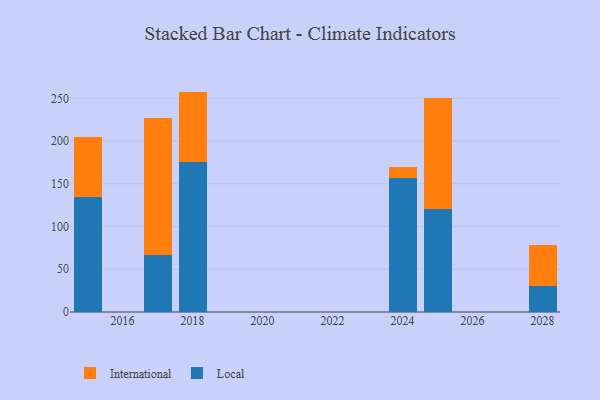
{"axis": {"x": "Year", "y": "Backlog"}, "legend": ["International", "Local"], "data": [{"x": "2028", "y": 30.7, "type": "Local"}, {"x": "2028", "y": 47.3, "type": "International"}, {"x": "2015", "y": 134.9, "type": "Local"}, {"x": "2015", "y": 69.3, "type": "International"}, {"x": "2017", "y": 66.8, "type": "Local"}, {"x": "2017", "y": 160.5, "type": "International"}, {"x": "2024", "y": 157.1, "type": "Local"}, {"x": "2024", "y": 12.4, "type": "International"}, {"x": "2025", "y": 120.4, "type": "Local"}, {"x": "2025", "y": 129.5, "type": "International"}, {"x": "2018", "y": 175.1, "type": "Local"}, {"x": "2018", "y": 82.8, "type": "International"}]}